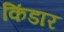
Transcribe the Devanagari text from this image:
किंडार